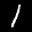
Label: 1